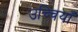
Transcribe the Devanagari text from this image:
उच्चियाँ